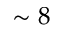
\sim 8